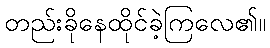
တည်းခိုနေထိုင်ခဲ့ကြလေ၏။